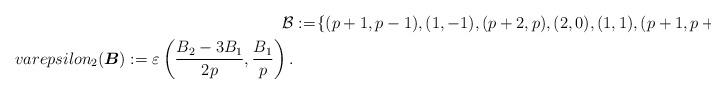
LaTeX: \begin{align*}\mathcal{B}&:=\!\left\{(p+1,p-1),(1,-1),(p+2,p),(2,0),(1,1),(p+1,p+1)\right\},\\varepsilon_2(\boldsymbol{B}):=\varepsilon\left( \frac{B_2-3B_1}{2p},\frac{B_1}{p}\right).\end{align*}